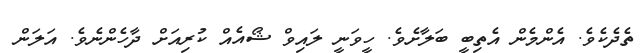
ތެދެކެވެ. އެންމެން އެތިބީ ބަލާށެވެ. ހީވަނީ ލައިވް ޝޯއެއް ކުރިއަށް ދާހެންނެވެ. އަލަން